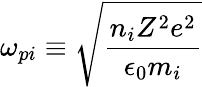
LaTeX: \omega_{pi}\equiv{\sqrt{\frac{n_{i}Z^{2}e^{2}}{\epsilon_{0}m_{i}}}}